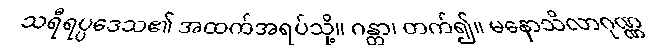
သရီရပ္ပဒေသ၏ အထက်အရပ်သို့။ ဂန္တွာ၊ တက်၍။ မနောသိလာဂုဏ္ဏ